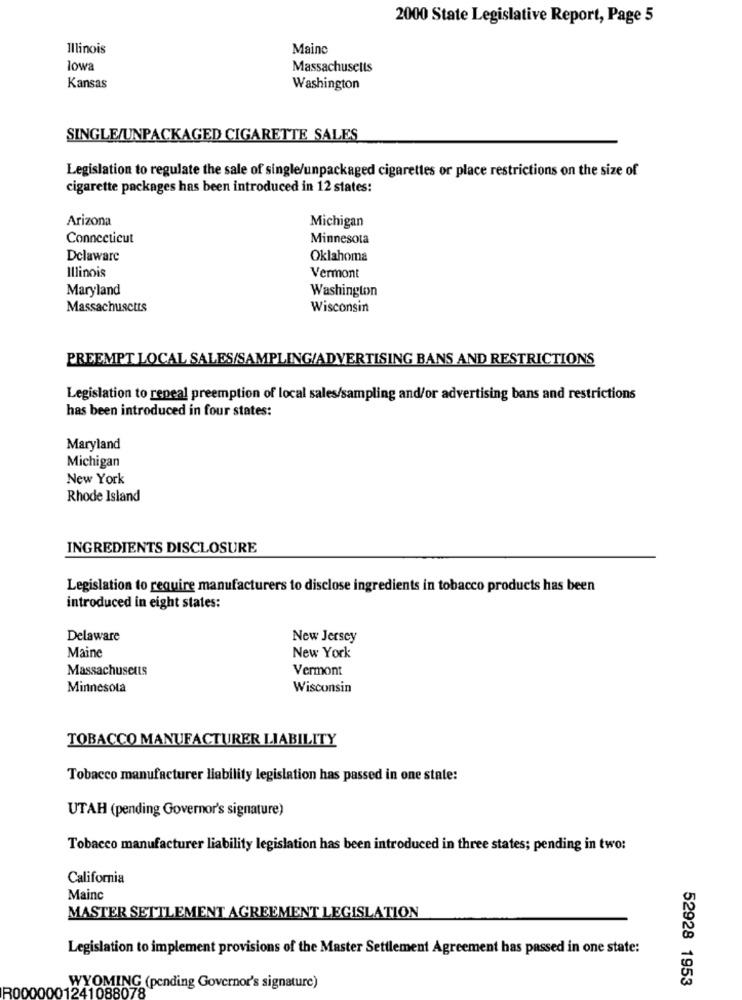
2000 State Legislative Report, Page 5
Illinois
Mainc
lowa
Massachusetts
Kansas
Washington
SINGLE/UNPACKAGED CIGARETTE SALES
Legislation to regulate the sale of single/unpackaged cigarettes or place restrictions on the size of
cigarette packages has been introduced in 12 states:
Arizona
Michigan
Connecticut
Minnesota
Delaware
Oklahoma
Illinois
Vermont
Maryland
Washington
Massachusetts
Wisconsin
PREEMPT LOCAL SALES/SAMPLING/ADVERTISING BANS AND RESTRICTIONS
Legislation to repeal preemption of local sales/sampling and/or advertising bans and restrictions
has been introduced in four states:
Maryland
Michigan
New York
Rhode Island
INGREDIENTS DISCLOSURE
Legislation to require manufacturers to disclose ingredients in tobacco products has been
introduced in eight states:
Delaware
New Jersey
Maine
New York
Massachusetts
Vermont
Minnesota
Wisconsin
TOBACCO MANUFACTURER LIABILITY
Tobacco manufacturer liability legislation has passed in one state:
UTAH (pending Governor's signature)
Tobacco manufacturer liability legislation has been introduced in three states; pending in two:
California
Mainc
MASTER SETTLEMENT AGREEMENT LEGISLATION
Legislation to implement provisions of the Master Settlement Agreement has passed in one state:
52928 1953
R0000001241088078
WYOMING (pending Governor's signature)